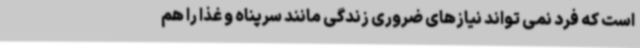
است که فرد نمی تواند نیازهای ضروری زندگی مانند سرپناه و غذا را هم